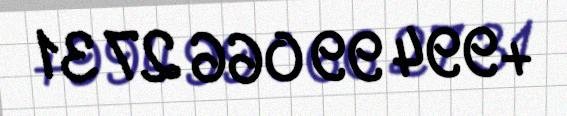
+994 99 066 27 31